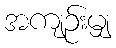
အကျဉ်းမျှ